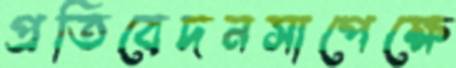
প্রতিবেদনসাপেক্ষে